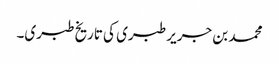
محمد بن جریر طبری کی تاریخ طبری۔